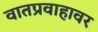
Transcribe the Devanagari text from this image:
वातप्रवाहावर